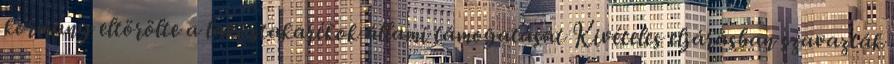
kormány eltörölte a lakástakarékok állami támogatását Kivételes eljárásban szavazták